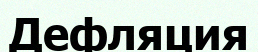
Дефляция